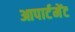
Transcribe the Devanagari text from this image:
आपार्टमेंट